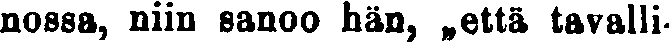
nossa, niin sanoo hän, ,,että tavalli-